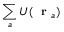
\sum _ { a } U ( \mathrm { ~ \bf ~ r ~ } _ { a } )